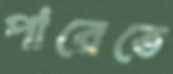
পারেতে